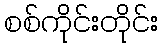
စစ်ကိုင်းတိုင်း